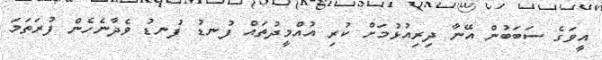
އީވަގެ ސަބަބުން އޭނާ ދިރިއުޅުމަށް ކުރި އުއްމީދުތައް ފުނޑު ފުނޑު ވެދާނެހެން ފުރަތަމަ